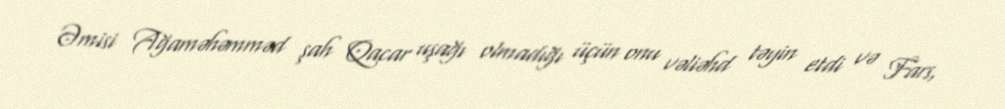
Əmisi Ağaməhəmməd şah Qacar uşağı olmadığı üçün onu vəliəhd təyin etdi və Fars,